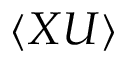
\langle X U \rangle